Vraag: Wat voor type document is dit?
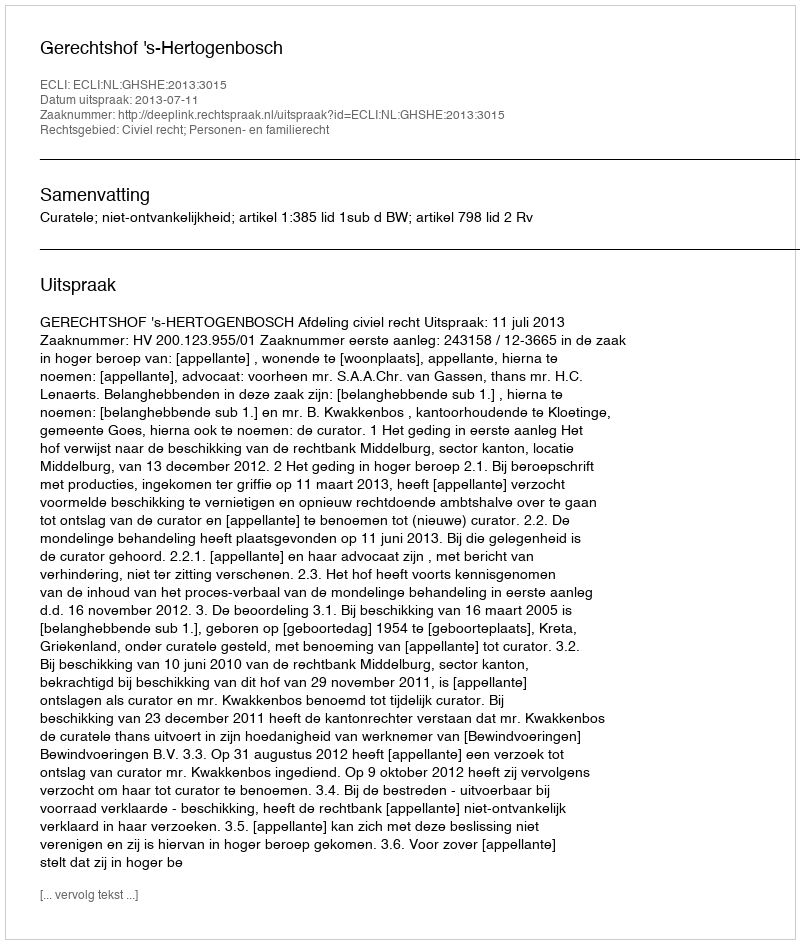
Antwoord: Uitspraak